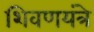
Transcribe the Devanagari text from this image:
शिवणयंत्रे